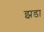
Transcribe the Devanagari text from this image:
झडा